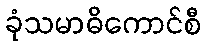
ခုံသမာဓိကောင်စီ